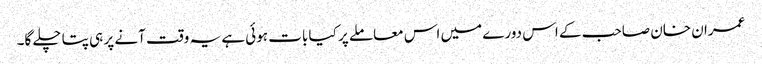
عمران خان صاحب کے اس دورے میں اس معاملے پر کیا بات ہوئی ہے یہ وقت آنے پر ہی پتا چلے گا۔